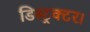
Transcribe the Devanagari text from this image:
डिस्ट्रक्टर।